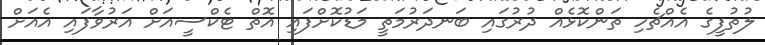
ލުތުފީގެ އެއްޗެހި ތަންކޮޅެއް ދުރުގައި ބަނދަރުމަތީ މަޑުކޮށްފައި އޮތް ޓެކްސީއަށް އަރުވާފައި އެއަށް